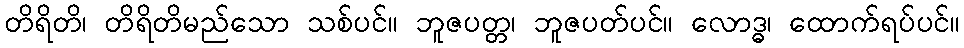
တိရိတိ၊ တိရိတိမည်သော သစ်ပင်။ ဘူဇပတ္တ၊ ဘူဇပတ်ပင်။ လောဒ္ဓ၊ ထောက်ရပ်ပင်။